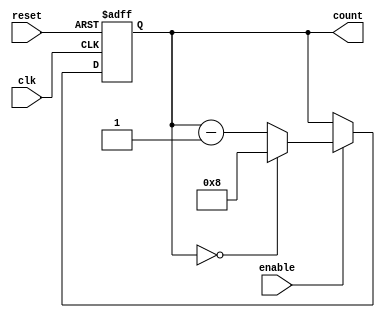
module ModuloN_Down_Counter_with_Enable (
    input wire clk,
    input wire enable,
    input wire reset,
    output reg [N-1:0] count
);

parameter N = 8; // This is the predetermined value N for the counter

always @(posedge clk or posedge reset) begin
    if (reset) begin
        count <= N;
    end else if (enable) begin
        if (count == 0) begin
            count <= N;
        end else begin
            count <= count - 1;
        end
    end
end

endmodule